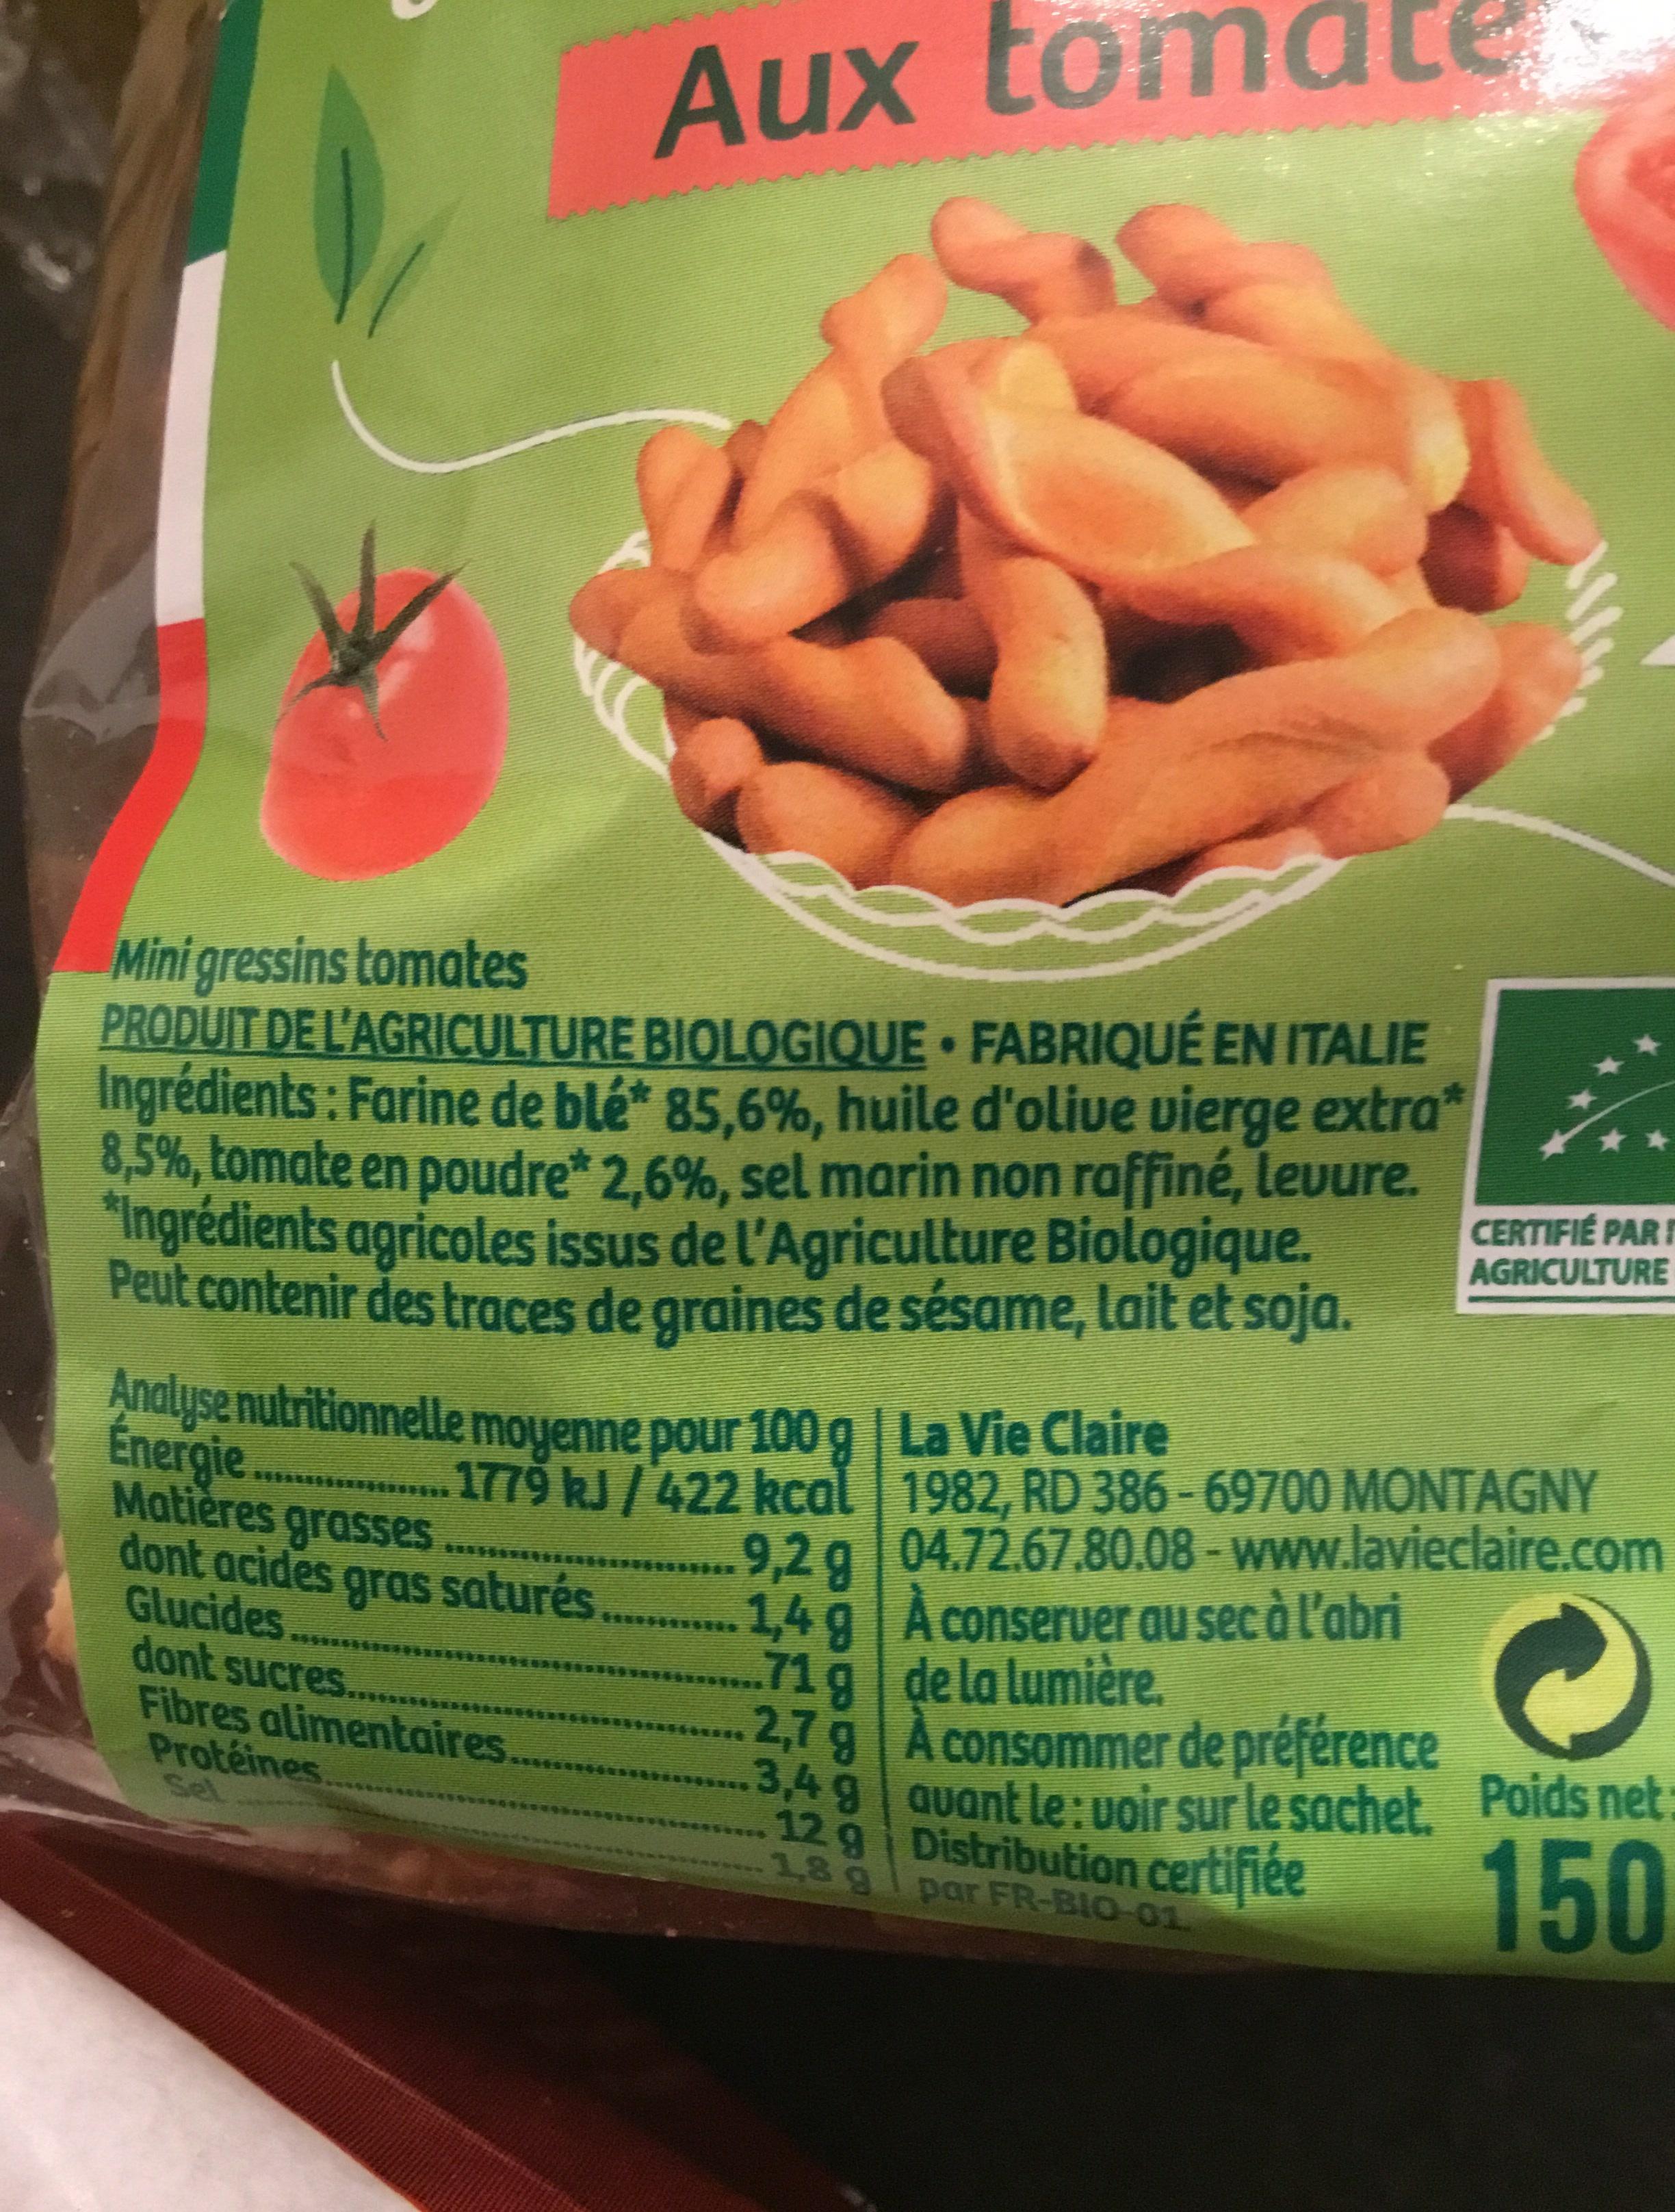
Aux tom
Mini gressins tomates
.
PRODUIT DE L'AGRICULTURE BIOLOGIQUE • FABRIQUÉ EN ITALIE Ingrédients: Farine de blé* 85,6%, huile d'olive vierge extra* 8,5%, tomate en poudre* 2,6%, sel marin non raffiné, levure. *Ingrédients agricoles issus de l'Agriculture Biologique. Peut contenir des traces de graines de sésame, lait et soja.
Analyse nutritionnelle moyenne pour 100 g | La Vie Claire Énergie.... 1779 kJ/422 kcal
Matières grasses dont acides gras saturés.... Glucides
dont sucres....
Fibres alimentaires. Protéines
*
CERTIFIÉ PARF AGRICULTURE
1982, RD 386-69700 MONTAGNY
9,2 g | 04.72.67,80.08 - www.lavieclaire.com 1,4 g À conserver au sec à l'abri …...71 g | de la lumière.
2,7 g À consommer de préférence 3,4 g
avant le: voir sur le sachet. Poids net : 12 9 Distribution certifiée
1,8 g
150
par FR-BIO-01.